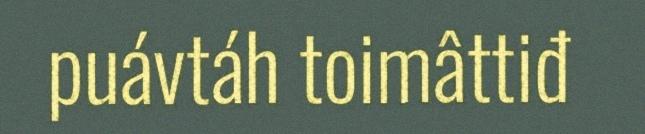
puávtáh toimâttiđ